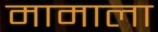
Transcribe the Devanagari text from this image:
मामाला